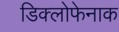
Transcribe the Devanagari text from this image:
डिक्लोफेनाक